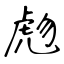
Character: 虝